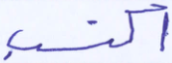
اكتسب